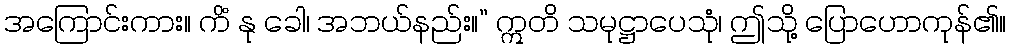
အကြောင်းကား။ ကိံ နု ခေါ၊ အဘယ်နည်း။” ဣတိ သမုဋ္ဌာပေသုံ၊ ဤသို့ ပြောဟောကုန်၏။